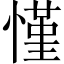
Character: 慬